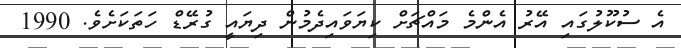
އެ ސުކޫލުގައި އޭރު އެންމެ މައްޗަށް ކިޔަވައިދެމުން ދިޔައީ ގުރޭޑް ހަތަކަށެވެ. 1990